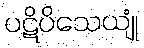
ပဋိပိသေယျုံ